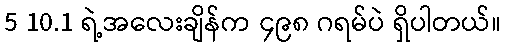
5 10.1 ရဲ့အလေးချိန်က ၄၉၈ ဂရမ်ပဲ ရှိပါတယ်။